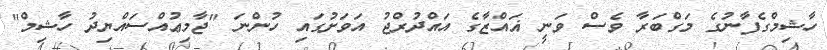
ހާޝިމްގެފާނުގެ މަގްބަރާ ވެސް ވަނީ ޣައްޒާގެ އައްދުރްޖު އަވަށުގައި ހުންނަ "ޖާމިޢުއްސައްޔިދު ހާޝިމް"